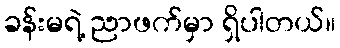
ခန်းမရဲ့ ညာဖက်မှာ ရှိပါတယ်။